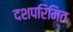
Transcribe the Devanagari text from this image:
दशपरिमित